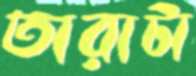
তারাটা